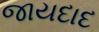
જાયદાદ